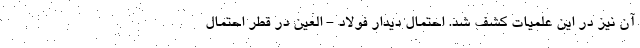
آن نیز در این علمیات کشف شد. احتمال دیدار فولاد - العین در قطر احتمال